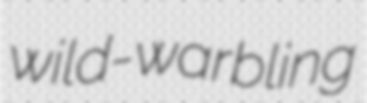
wild-warbling